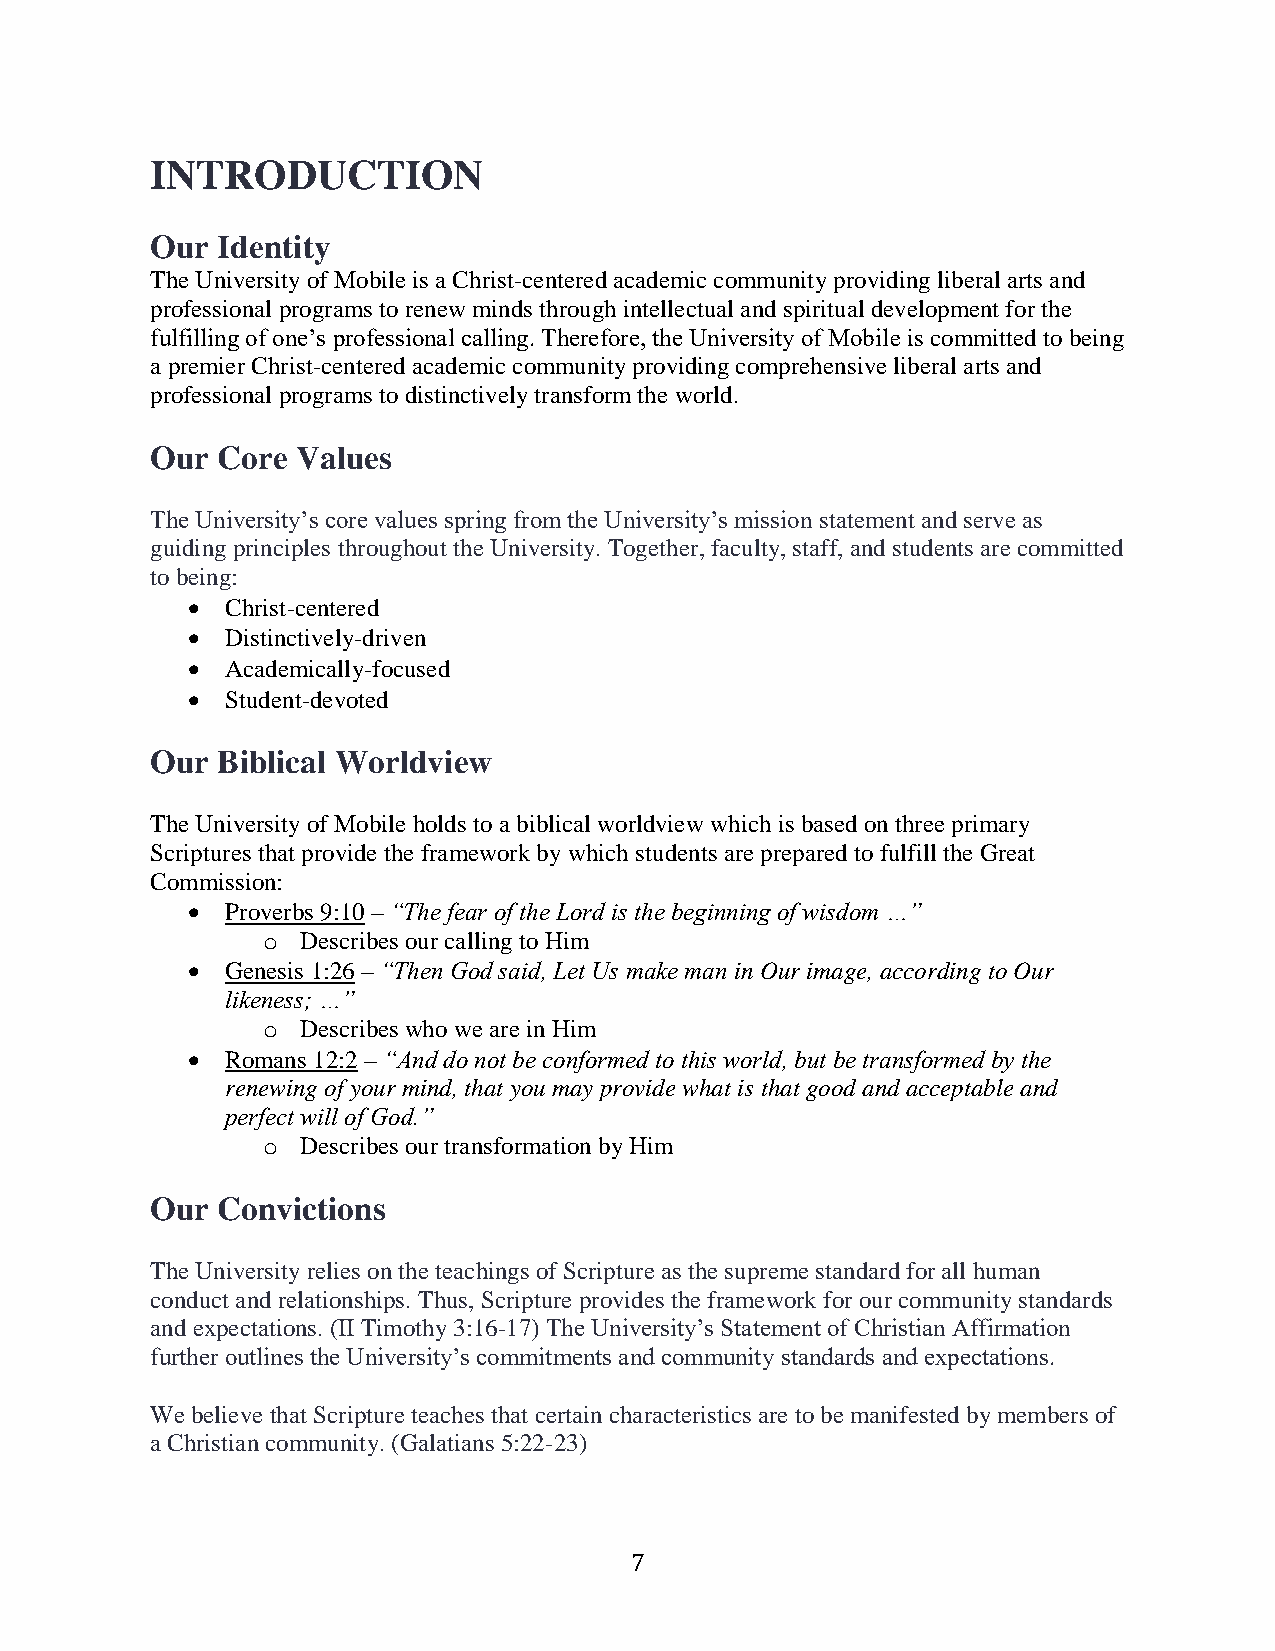
INTRODUCTION
 Our Identity
 The University of Mobile is a Christ-centered academic community providing liberal arts and
 professional programs to renew minds through intellectual and spiritual development for the
 fulfilling of one’s professional calling. Therefore, the University of Mobile is committed to being
 a premier Christ-centered academic community providing comprehensive liberal arts and
 professional programs to distinctively transform the world.
 Our Core  Values
 The University’s core values spring from the University’s mission statement and serve as
 guiding principles throughout the University. Together, faculty, staff, and students are committed
 to being:
   Christ-centered
   Distinctively-driven
   Academically-focused
   Student-devoted
 Our Biblical Worldview
 The University of Mobile holds to a biblical worldview which is based on three primary
 Scriptures that provide the framework by which students are prepared to fulfill the Great
 Commission:
   Proverbs 9:10 – “The fear of the Lord is the beginning of wisdom …”
 o  Describes our calling to Him
   Genesis 1:26 – “Then God said, Let Us make man in Our image, according to Our
 likeness; …”
 o  Describes who we are in Him
   Romans 12:2 – “And do not be conformed to this world, but be transformed by the
 renewing of your mind, that you may provide what is that good and acceptable and
 perfect will of God.”
 o  Describes our transformation by Him
 Our Convictions
 The University relies on the teachings of Scripture as the supreme standard for all human
 conduct and relationships. Thus, Scripture provides the framework for our community standards
 and expectations. (II Timothy 3:16-17) The University’s Statement of Christian Affirmation
 further outlines the University’s commitments and community standards and expectations.
 We believe that Scripture teaches that certain characteristics are to be manifested by members of
 a Christian community. (Galatians 5:22-23)
 7